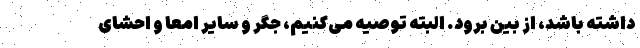
داشته باشد، از بین برود. البته توصیه می‌کنیم، جگر و سایر امعا و احشای